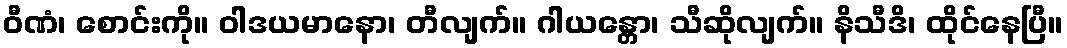
ဝီဏံ၊ စောင်းကို။ ဝါဒယမာနော၊ တီလျက်။ ဂါယန္တော၊ သီဆိုလျက်။ နိသီဒိ၊ ထိုင်နေပြီ။